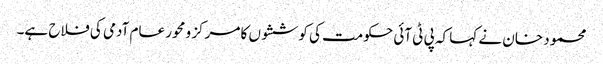
محمود خان نے کہا کہ پی ٹی آئی حکومت کی کوششوں کا مرکز و محور عام آدمی کی فلاح ہے۔